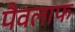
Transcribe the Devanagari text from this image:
पैवलाफ